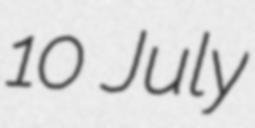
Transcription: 10 July